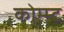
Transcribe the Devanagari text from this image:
कोम्म्ट